Bréfritari: Sigríður Pálsdóttir
Viðtakandi: Páll Pálsson
Dagsetning: A-1860-03-01
Skrifað á: Hraungerði  Árn.
Páll var bróðir Sigríðar

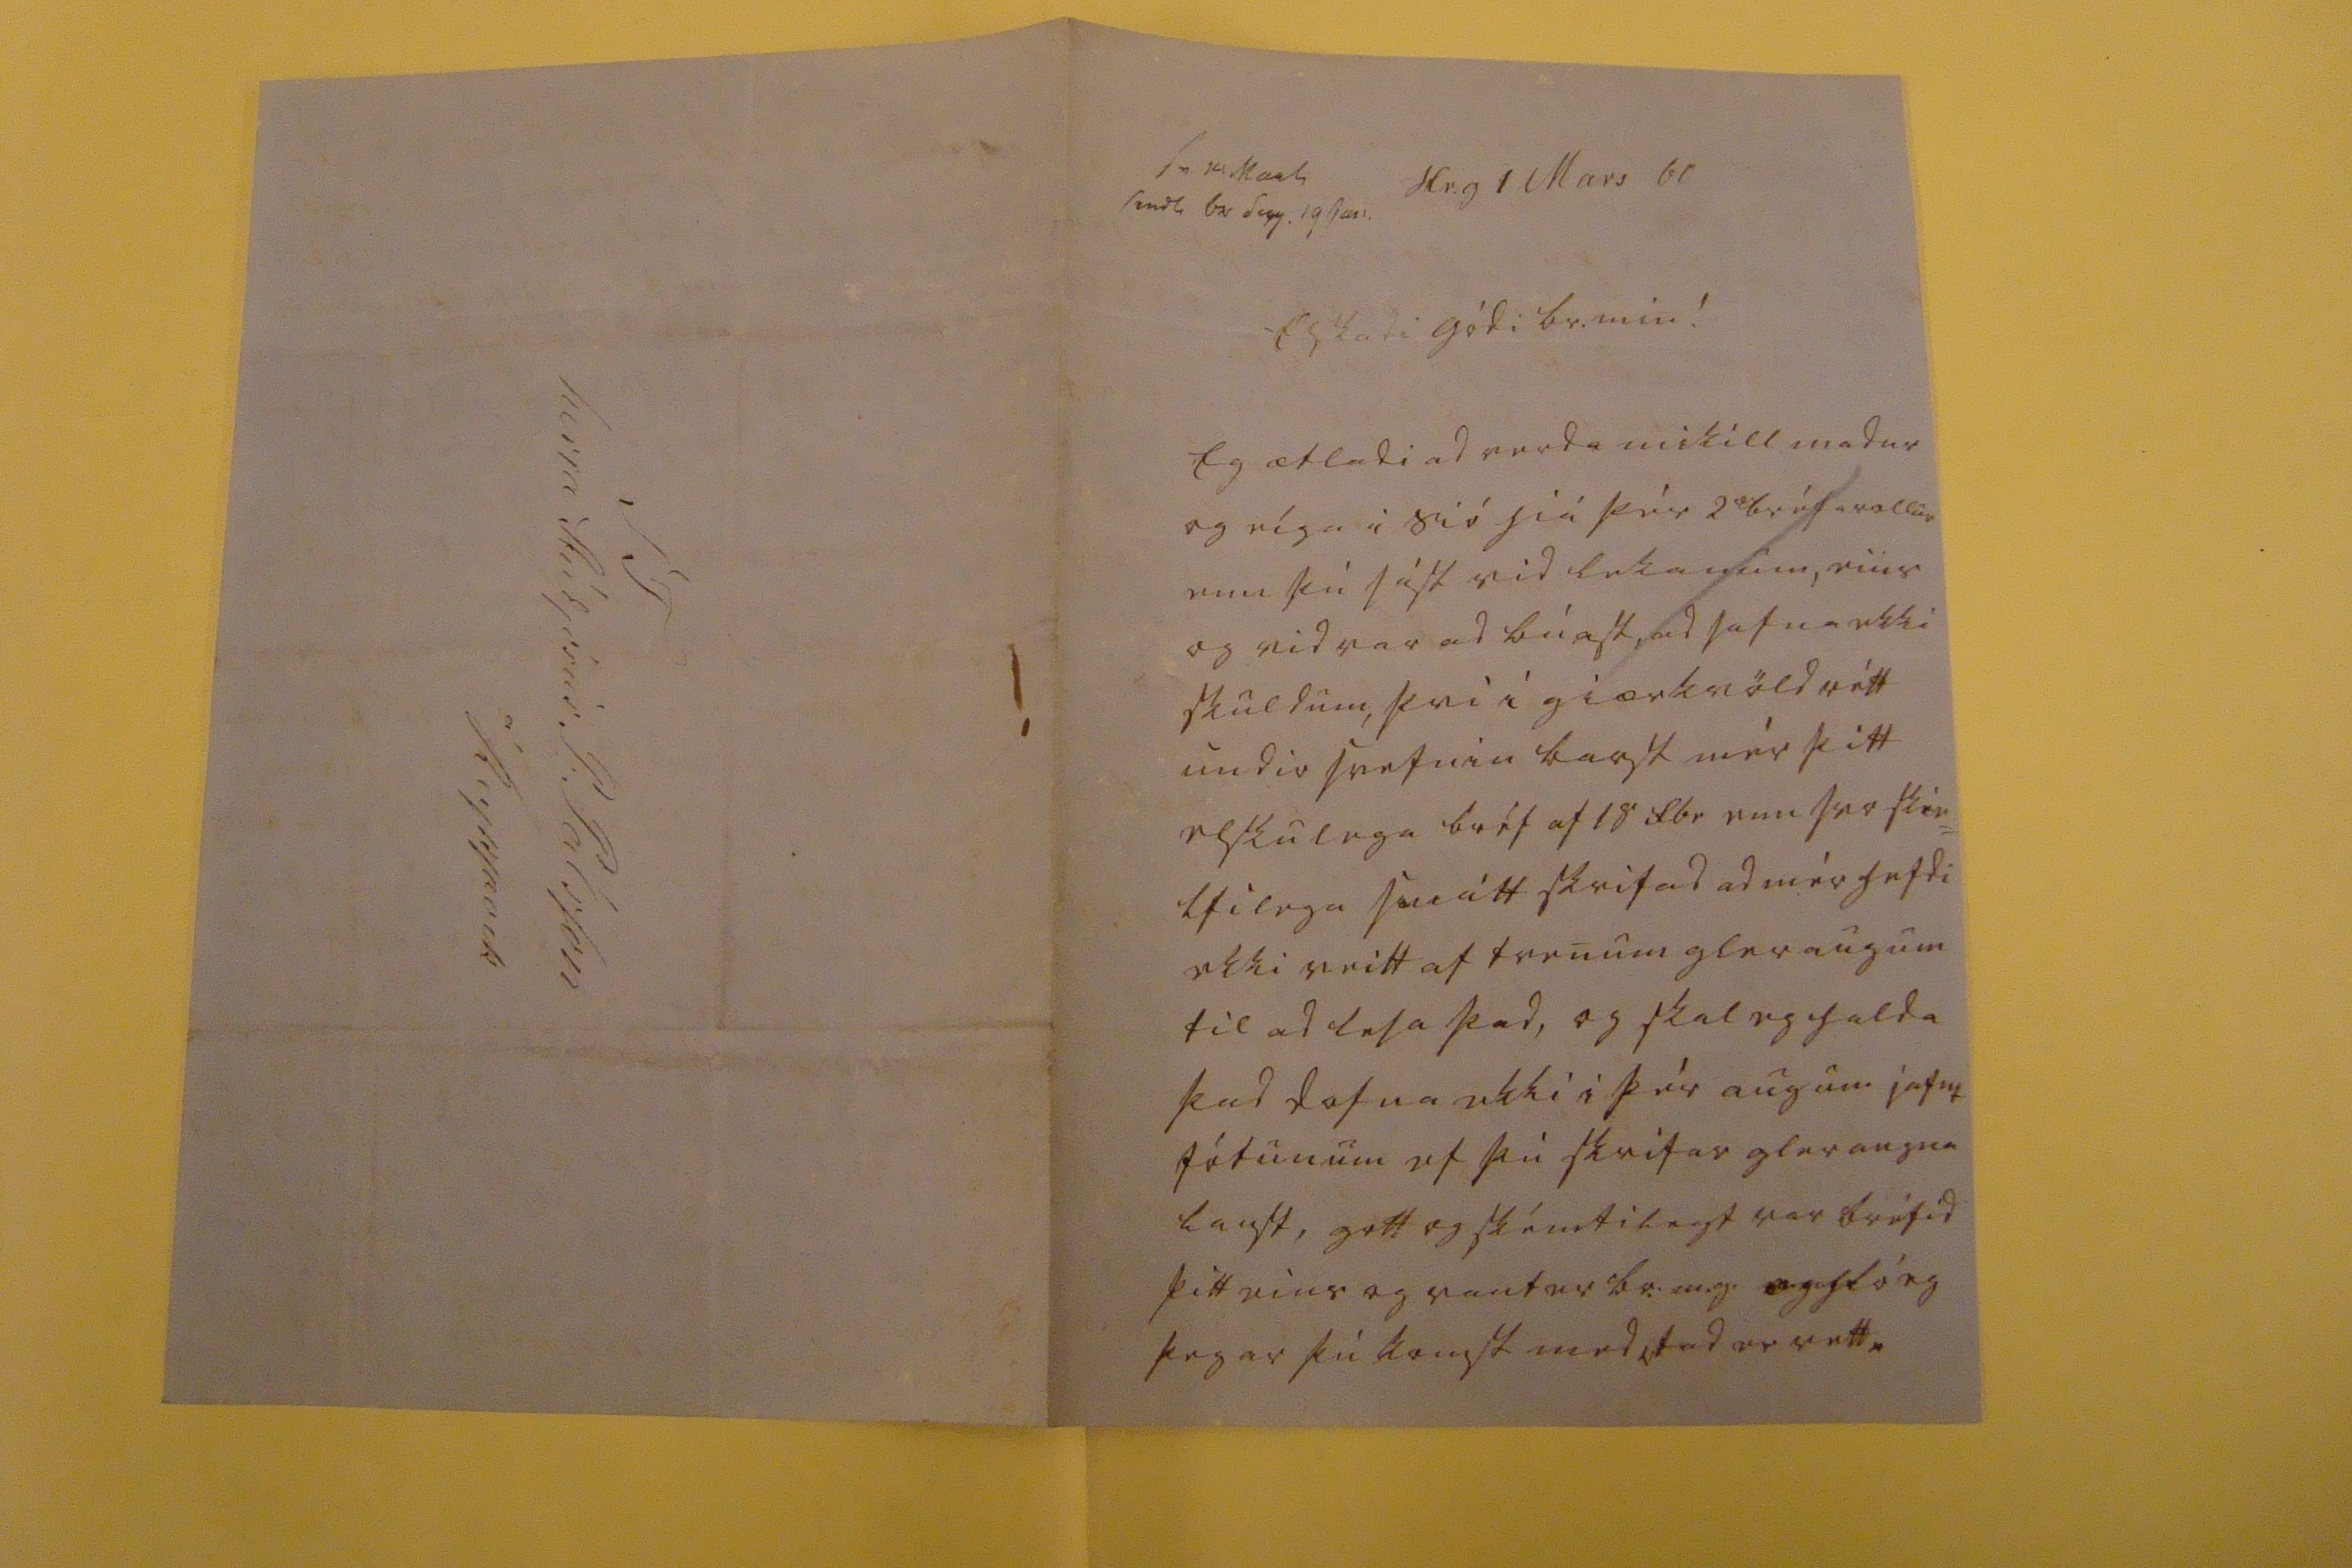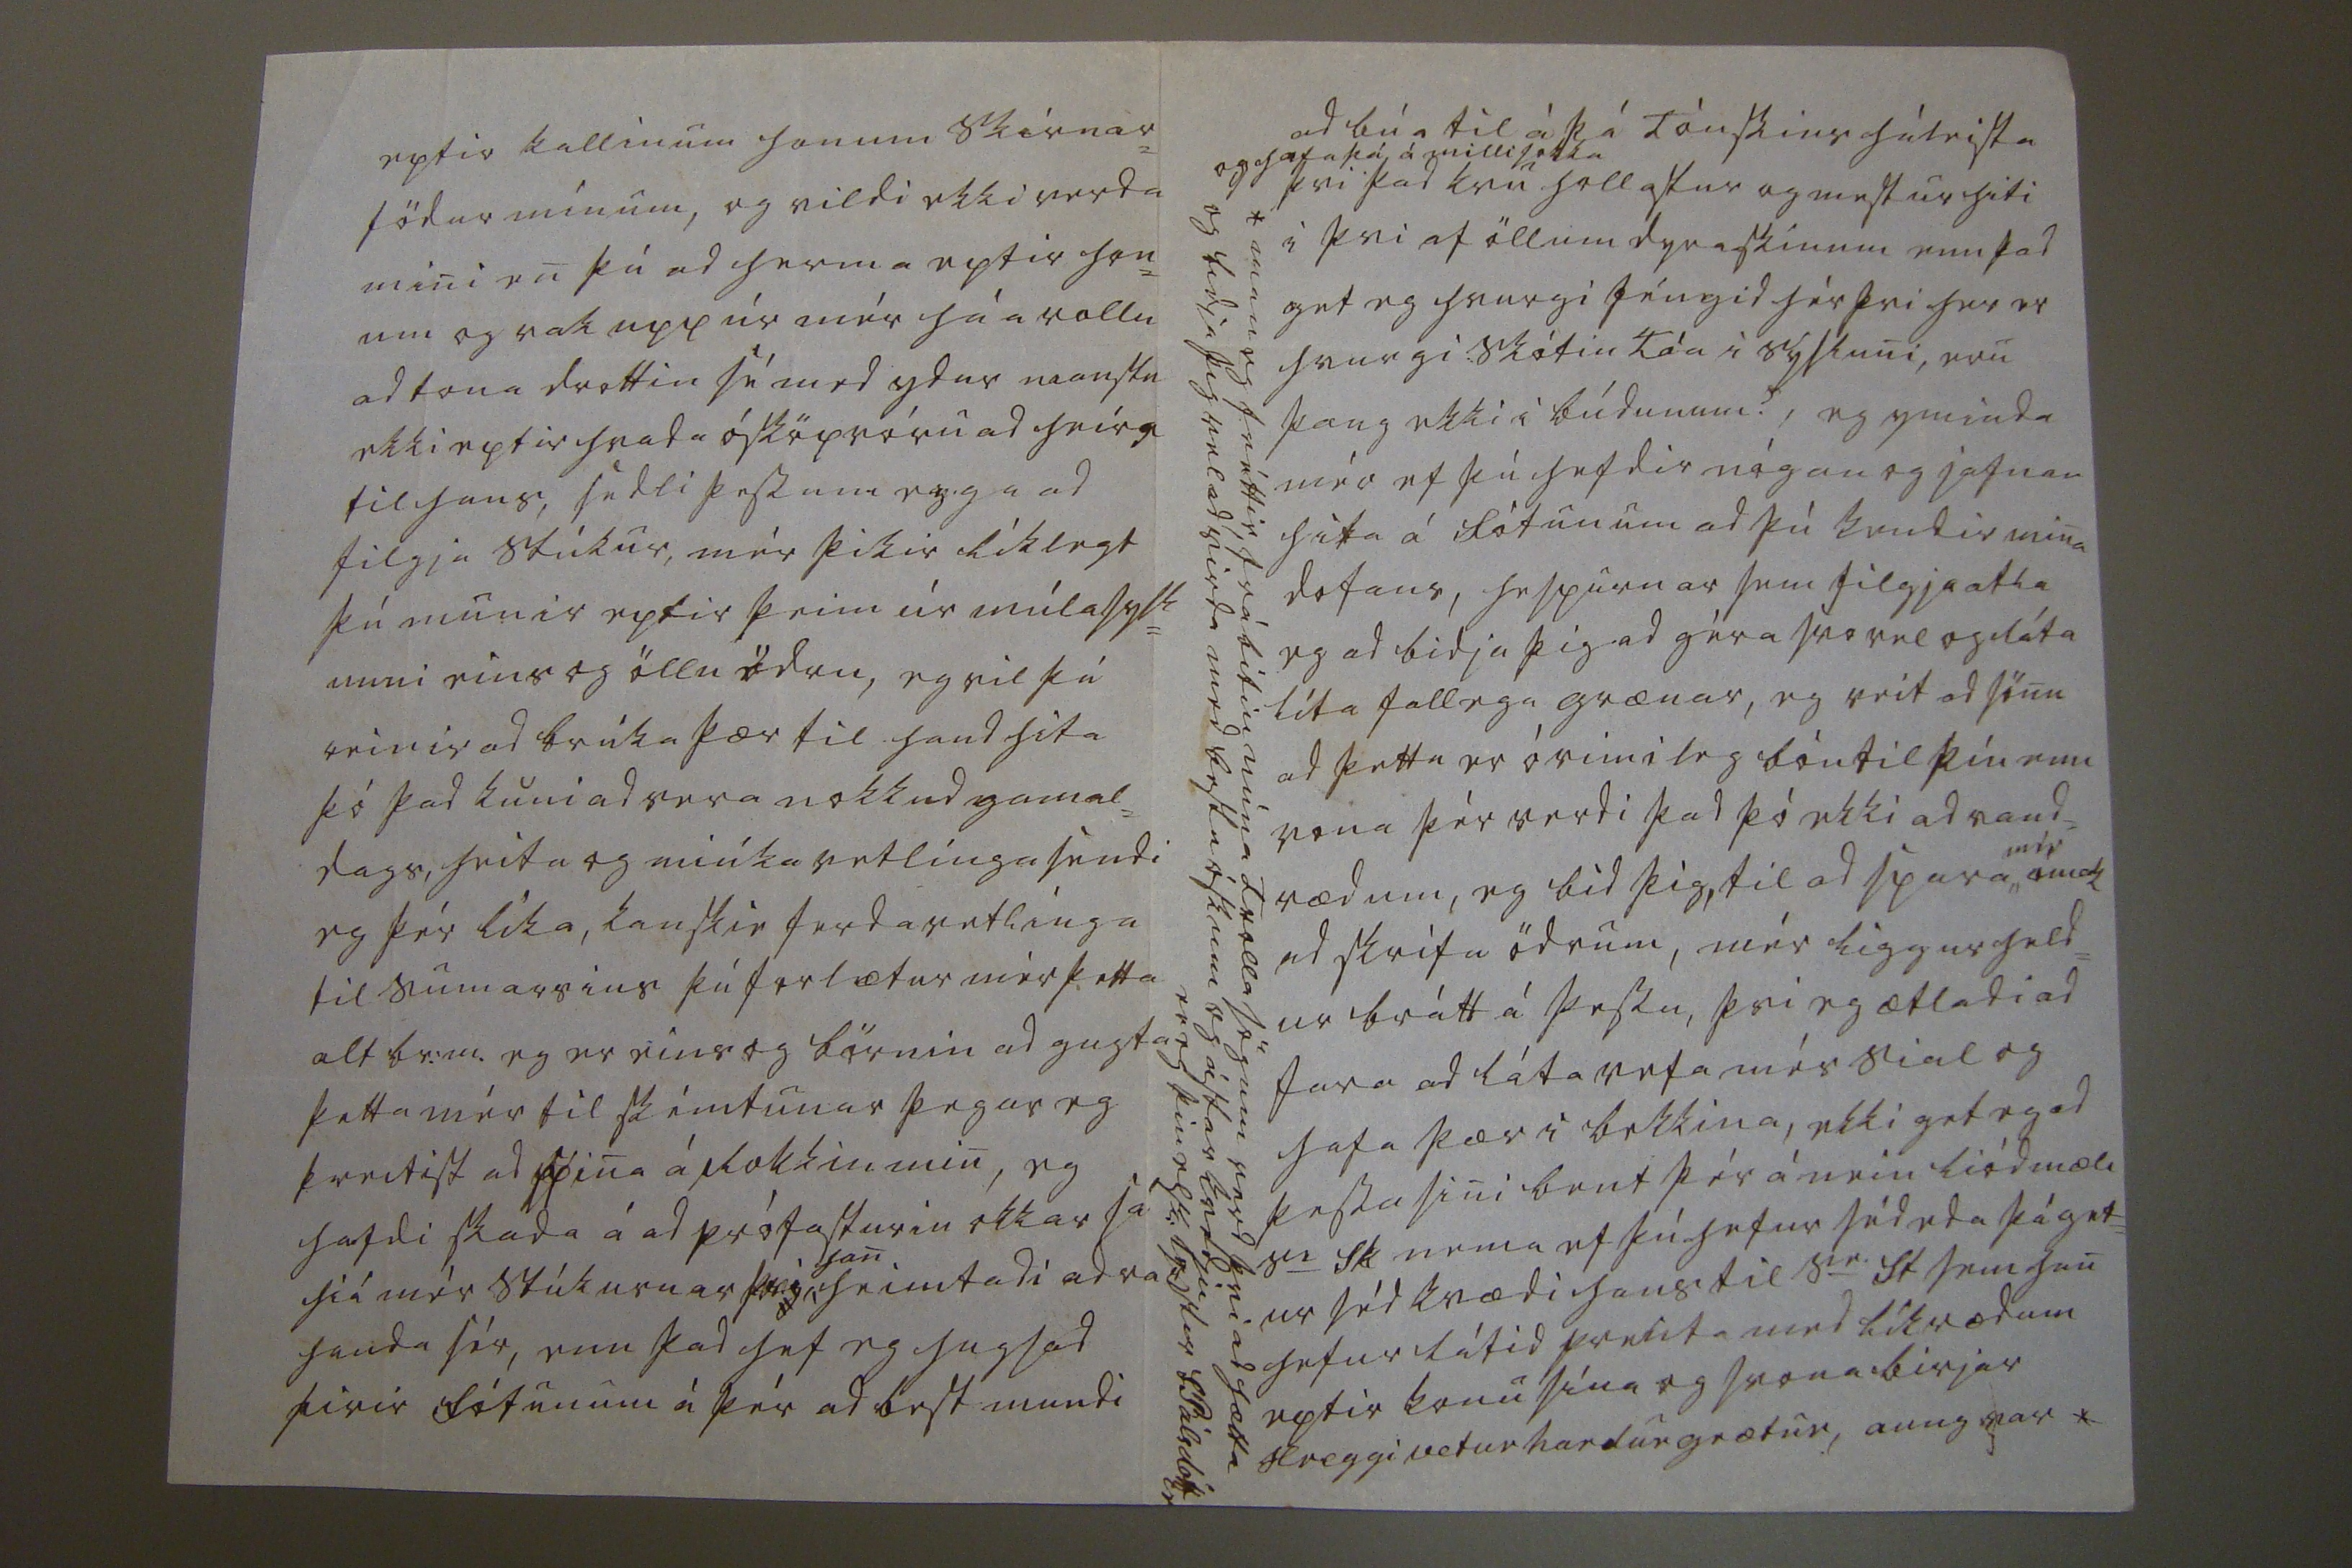

sv 14 Mars send0 br Sigg. 19 Jan.
Hr.g 1 Mars 60
Elskadi gódi br. min!
Eg ætladi ad verda mikill madur og eíga i sió hiá þér 2
0
bréfarollur enn þú sást vid lekanum, eins og vid var ad búast, ad safna ekki skuldum, þvi i giærkvöld rétt undir svefnin barst mér þitt elskulega bréf af 18 f.br enn svo skie= lfilega smátt skrifad ad mér hefdi ekki reitt af tvenum geraugum til ad lesa þad, og skal eg halda þad dofna ekki i þér augun iafnt fótunum ef þú skrifar gleraugna laust, gott og skémtilegt var bréfid þitt eins og vant er br:m.g.
og hló
eg þegar þú komst med
0tad
er rett.
eptir kallinum honum skírnar= födur mínum, og vildi ekki verda mini en þú ad herma eptir hon= um og rak upp úr mér háa rollu ad tona drottin sé med ydur manstu ekki eptir hvada ósköp vóru ad heíra til hans, sedli þessum
eiga
ad filgja stúkur, mér þikir líklegt þú munir eptir þeim úr múlasysl= unni eins og öllu ödru, eg vil þú reinir ad brúka þær til handhita þó þad kuni ad vera nokkud gamal= dags, heita og miúka vetlínga sendi eg þér líka, kanskie ferdavetlínga til sumarsins þú forlætur mér þetta alt br.m. eg er eins og börnin ad gugta þetta mér til skémtunar þegar eg þreitist ad spina á Rokkin min, eg hafdi skada á ad prófasturin okkar sé hiá mér stúkurnar
þ00
han
heimtadi ad var handa sér, enn þad hef eg hugsad firir fótunum á þér ad best mundi
ad búa til á þá Tóuskins háleista
og hafa þá á milli sokka
þvi þad kvu hollastur mestur hiti i þvi af öllum dyraskinum enn þad get eg hvurgi féngid hér þvi her er hvurgi skótin Tóa i sysluni, eru þaug ekki i búdunum?, eg yminda mér ef þú hefdir nógan og jafnan hita á fótunum ad þú kendir mina dofans, hespurnar sem filgja atla eg ad bidja þig ad géra svo vel og láta líta fallega grænar, eg veit ad sönu ad þetta er óvinileg bón til þín enn vona þér verdi þad þó ekki ad vand= rædum, eg bid þig, til ad spara
mér
omak
ad skrifa ödrum, mér liggur held= ur brátt á þessu, þvi eg ætladi ad fara ad láta vefa mér sial og hafa þær i bekkina, ekki get eg ad þessu sini bent þér á nein liódmæli s
er
Sk nema ef þú hefur séd eda þú get= ur séd kvædi hans til s
ie
St sem han hefur látid prenta med líkrædum eptir konu sína og svona birjar Hreggi vetur hardur grætur, aungvar*
anan eg fréttir, frábitin núna Trolla sögum verd þvi ad hætta og bidja þig vel ad virda med bestu óskum og ástar kvedju er eg þin elsk: systir S.Pálsdóttir
S T herra Stúdjósus P: Pálsson á Reykjavik